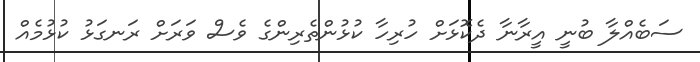
ސަބެއްލާ ބުނީ އީރާނާ ދެކޮޅަށް ހުރިހާ ކުޅުންތެރިންގެ ވެސް ވަރަށް ރަނގަޅު ކުޅުމެއް